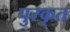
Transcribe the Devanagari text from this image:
पुस्कृत